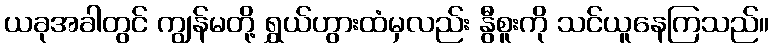
ယခုအခါတွင် ကျွန်မတို့ ရွှယ်ဟွားထံမှလည်း နွီစူးကို သင်ယူနေကြသည်။